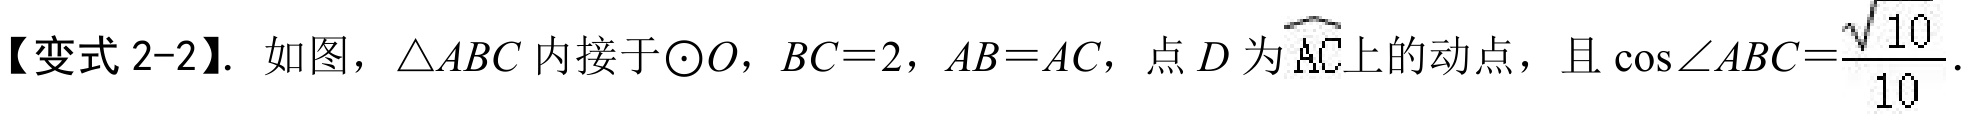
【变式 2-2】. 如图，$\triangle ABC$ 内接于 $\odot O$，$BC = 2$，$AB = AC$，点 $D$ 为 $\overset{\frown}{AC}$上的动点，且 $\cos\angle ABC=\dfrac{\sqrt{10}}{10}$.